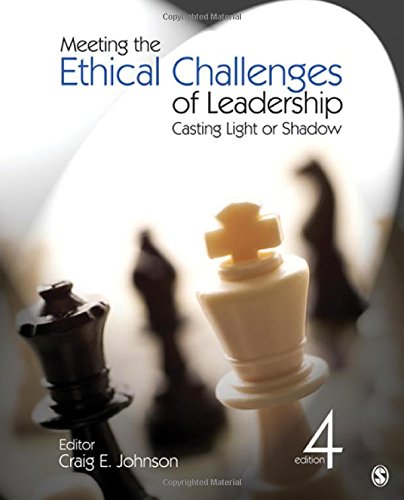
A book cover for Meeting the Ethical Challenges of Leadership: Casting Light or Shadow; Craig E. (Edward) Johnson; Business & Money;